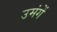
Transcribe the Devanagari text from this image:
उमंगें